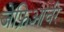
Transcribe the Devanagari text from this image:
जेफ्रिआर्चर